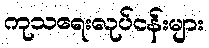
ကုသရေးလုပ်ငန်းများ